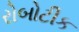
રોબોટીક